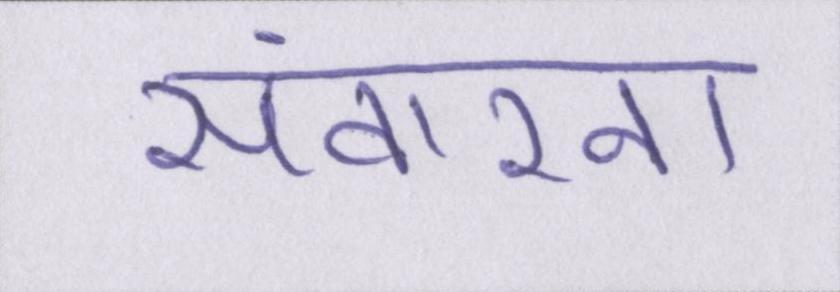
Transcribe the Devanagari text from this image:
संवारना